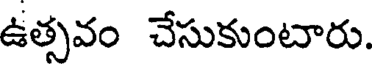
ఉత్సవం చేసుకుంటారు.